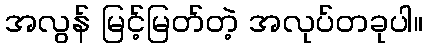
အလွန် မြင့်မြတ်တဲ့ အလုပ်တခုပါ။